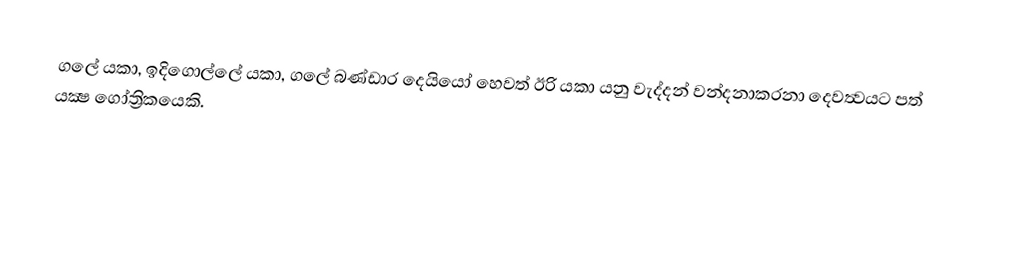
ගලේ යකා, ඉදිගොල්ලේ යකා, ගලේ බණ්ඩාර දෙයියෝ හෙවත්  ඊරි යකා යනු  වැද්දන් වන්දනාකරනා දෙවත්‍වයට පත් යක්‍ෂ ගෝත්‍රිකයෙකි.